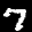
Label: 7